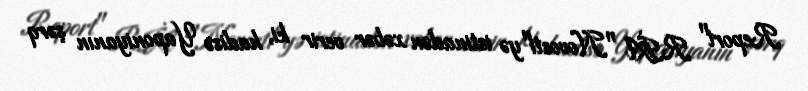
Report" RİA "Novosti"yə istinadən xəbər verir ki, hadisə Yaponiyanın şərq